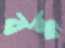
বন্ধ